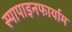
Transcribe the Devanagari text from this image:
स्पापाइनफार्याम